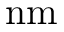
\mathrm { n m }